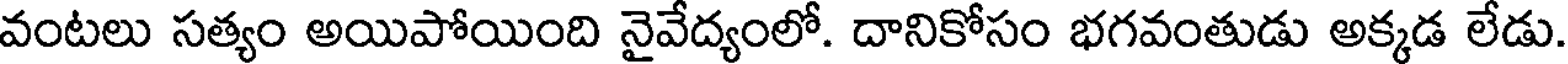
వంటలు సత్యం అయిపోయింది నైవేద్యంలో. దానికోసం భగవంతుడు అక్కడ లేడు.